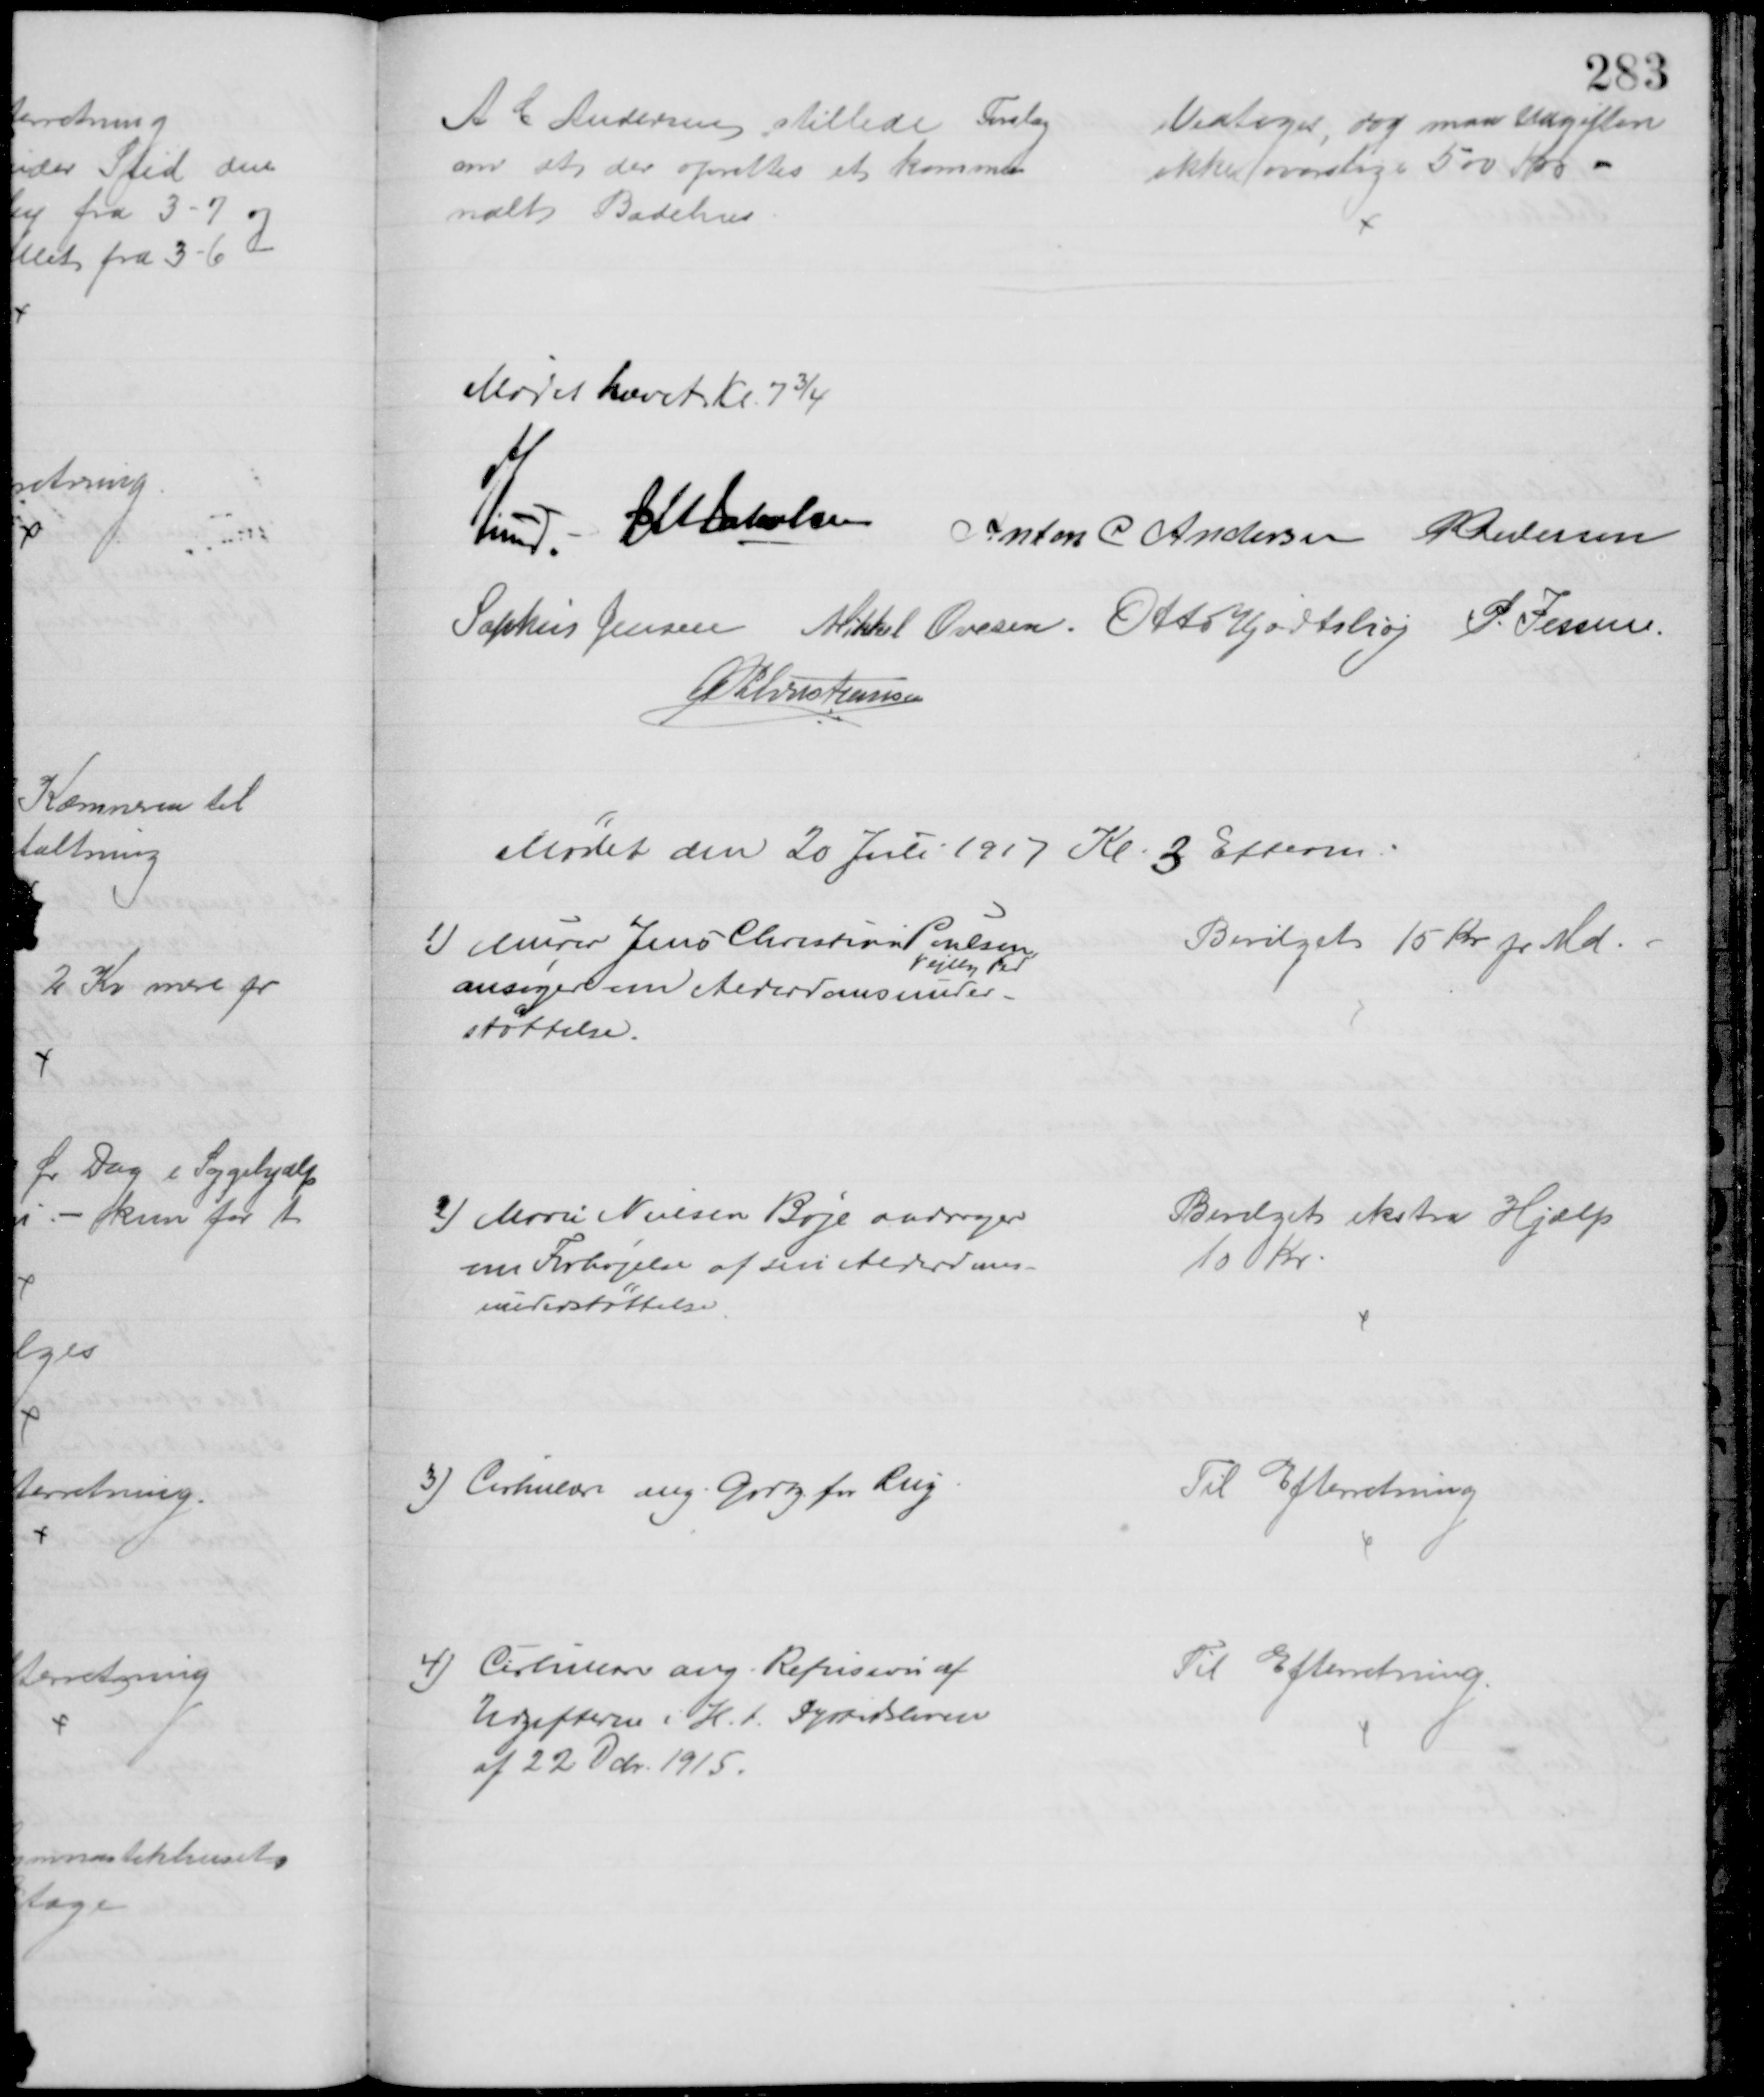
Transskription:
A C Andersen stillede Forslag
om at der oprettes et kommu
nalts Badehus
Vedtoges, dog maa Udgiften
ikke overstige 500 Kr
Mødet hævet Kl. 7¾
A. Lund. J M Jakobsen
Anton C Andersen P Pedersen
Sophus Jensen Mikkel Ovesen. Otto Hjortshøj P. Jessen
A P Christiansen
Mødet den 20 Juli 1917 Kl. 3 Efterm.
1) Murer Jens Christian Poulsen
Vejlby Fed
ansøger om Alderdomsunder-
støttelse.
Bevilget 15 Kr pr Md
2) Marie Nielsen Boje andrager
om Forhøjelse af sin Alderdoms-
understøttelse.
Bevilget ekstra Hjælp
10 Kr.
3) Cirkulære ang. Godtg. for Rug
Til Efterretning
4) Cirkulære ang. Refusion af 
Udgifterne i H. t. Dyrtidsloven
af 22 Dcbr. 1915.
Til Efterretning